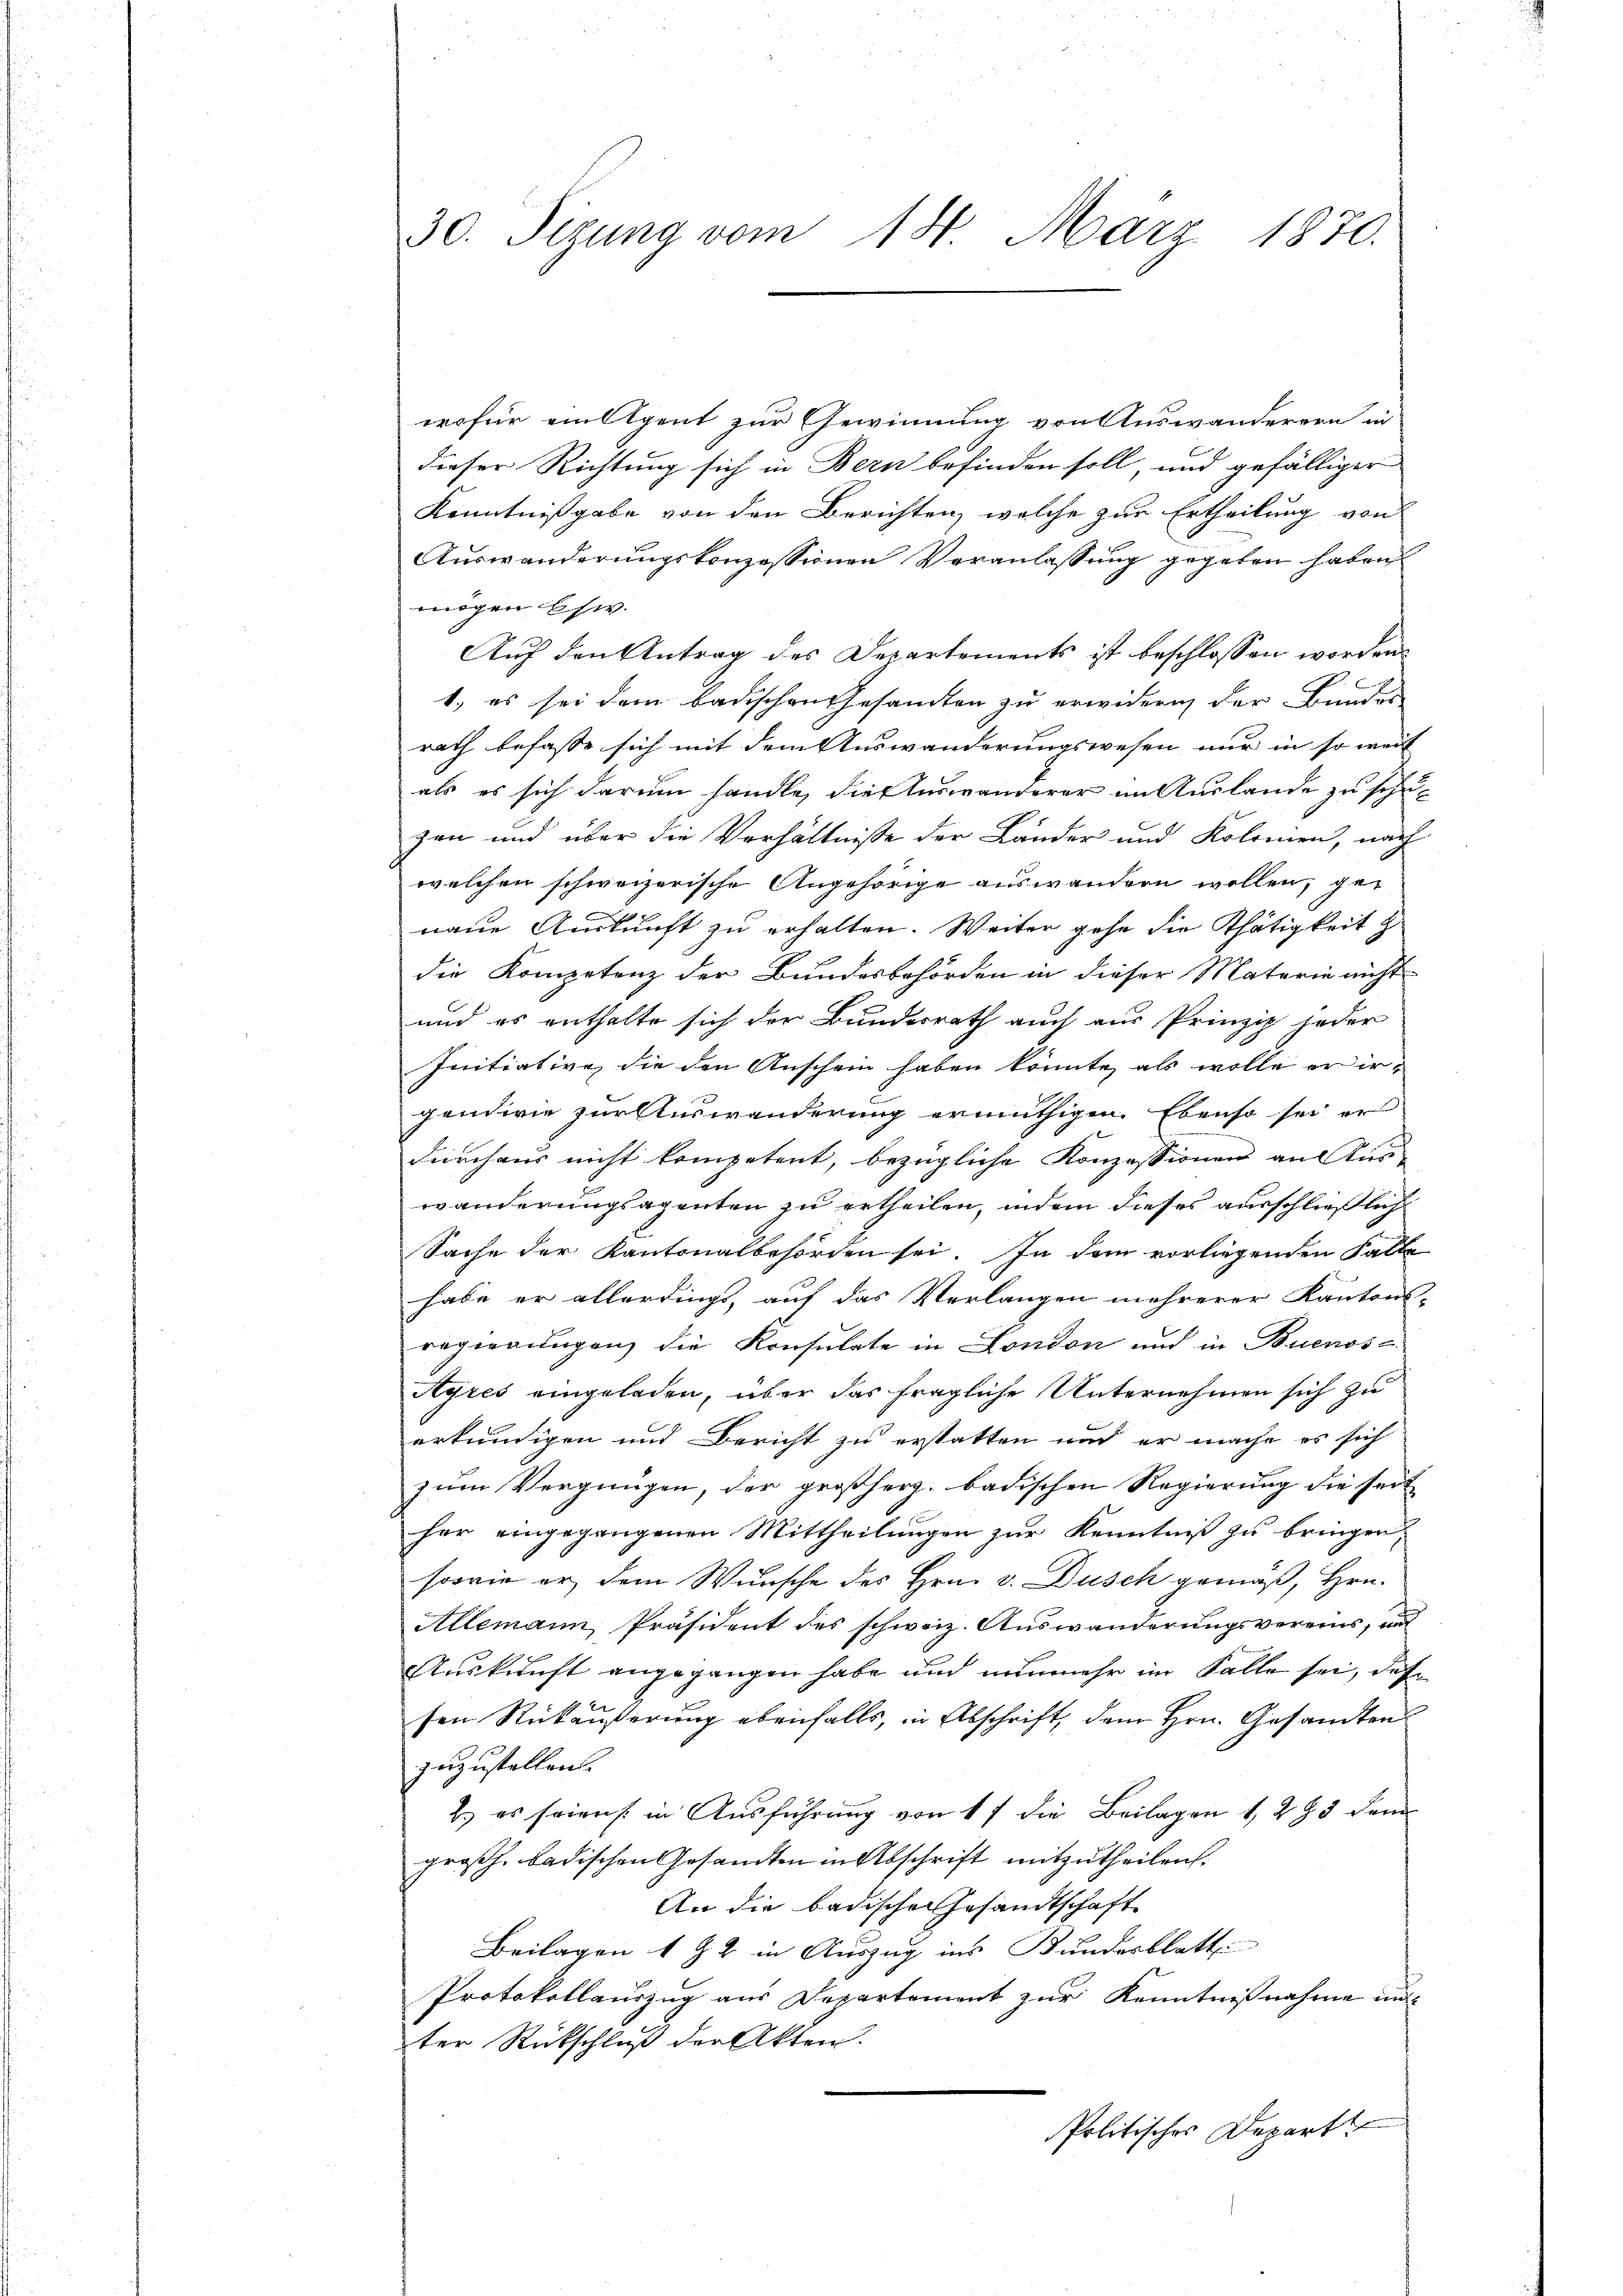
30. Sizung vom 14. März 1870.

wofür ein Agent zur Gewinnung von Auswanderern in
dieser Richtung sich in Bern befinden soll, und gefälliger
Kenntnißgabe von den Berichten, welche zur Ertheilung von
Auswanderungskonzessionen Veranlassung gegeben haben
mögen schw.
Auf den Antrag des Departements ist beschlossen worden.
c
1.) es sei dem badischen Gesamten zu erwidern der Bundes
rath befasse sich mit dem Auswanderungswesen nur in so wert
als es sich darum handle, die Auswanderer im Auslande zu schuzen und über die Verhältnisse der Länder und Kolonien, nach
welchen schweizerische Angehörige auswandern wollen, genaue Auskunft zu erhalten. Weiter gehe die Thätigkeit z
die Kompotenz der Bundesbehörden in dieser Materie nicht
und es enthalte sich der Bundesrath auch aus Prinzip jeder
Initiative, die den Anschein haben könnte, als wolle er irgendwie zur Auswanderung ermuthigen. Ebenso sei er
durchaus nicht kompetent, bezügliche Konzessionen an Kur-
wänderungsagenten zu ertheilen, indem dieses ausschließlich
Sache der Kantonalbeforden sei. In dem vorliegenden Falle
habe er allerdings, auf das Verlangen mehrerer Kantons-
regierungen die Konsulate in London und in Buenos-
Ayres eingeladen, über das fragliche Unternehmen sich zu
erkundigen und Bericht zu erstatten und er mache es sich
zum Vergnügen, der großherz. badischen Regierung die seit
her eingegangenen Mittheilungen zur Kenntniß zu bringen,
sowie er dem Wunsche des Hrn. v. Dusch gemäß, Hrn.
Allemann, Präsident des schweiz. Auswanderungsvereins, und
Auskunft angegangen habe und nunmehr im Falle sei, das
sen Rückäußerung ebenfalls, in Abschrift, dem Hrn. Gesandten
zuzustellen.
b.) es seien in Ausführung von 17 die Beilagen 1. 293 dem
großh. badischen Gesandten in Abschrift mitzutheilen.
An die badischen Gesandtschaft
Beilagen 192 in Auszug ins Bundesblatt
Protokollauszug aus Departement zur Kenntnißnahme mit
ter Rückschluß der Akten.
Politisches Depart